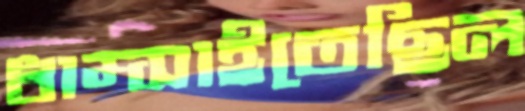
ধাম্‌সাইতেছিল